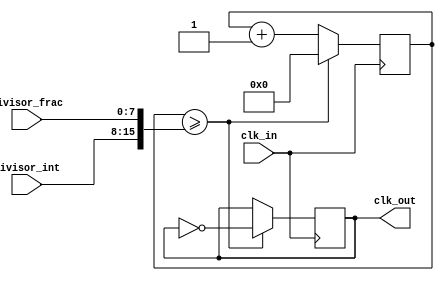
module floating_point_clock_divider (
    input wire clk_in,
    input wire [7:0] divisor_int,
    input wire [7:0] divisor_frac,
    output reg clk_out
);

reg [15:0] counter;
reg [15:0] divisor;

always @ (posedge clk_in) begin
    counter <= counter + 1;
    
    if (counter >= divisor) begin
        clk_out <= ~clk_out;
        counter <= 0;
    end
end

initial begin
    divisor = {divisor_int, divisor_frac};
end

endmodule